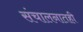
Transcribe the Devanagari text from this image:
संचालनातही